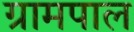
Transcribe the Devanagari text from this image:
ग्रामपाल